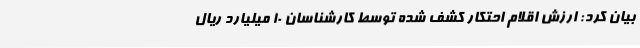
بیان کرد: ارزش اقلام احتکار کشف شده توسط کارشناسان 10 میلیارد ریال